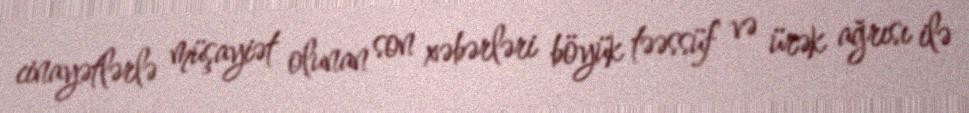
cinayətlərlə müşayiət olunan son xəbərləri böyük təəssüf və ürək ağrısı ilə